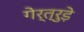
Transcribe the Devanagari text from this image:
गेर्त्रुड़े